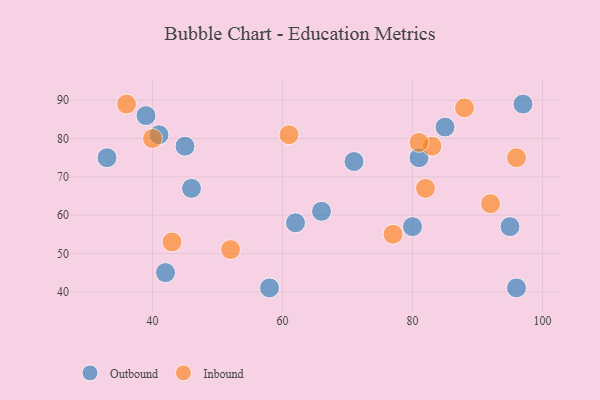
{"axis": {"x": "GDP", "y": "Life Expectancy"}, "legend": ["Inbound", "Outbound"], "data": [{"x": "45", "y": 78, "type": "Outbound"}, {"x": "42", "y": 45, "type": "Outbound"}, {"x": "95", "y": 57, "type": "Outbound"}, {"x": "58", "y": 41, "type": "Outbound"}, {"x": "80", "y": 57, "type": "Outbound"}, {"x": "96", "y": 41, "type": "Outbound"}, {"x": "81", "y": 75, "type": "Outbound"}, {"x": "33", "y": 75, "type": "Outbound"}, {"x": "85", "y": 83, "type": "Outbound"}, {"x": "62", "y": 58, "type": "Outbound"}, {"x": "71", "y": 74, "type": "Outbound"}, {"x": "39", "y": 86, "type": "Outbound"}, {"x": "97", "y": 89, "type": "Outbound"}, {"x": "41", "y": 81, "type": "Outbound"}, {"x": "46", "y": 67, "type": "Outbound"}, {"x": "66", "y": 61, "type": "Outbound"}, {"x": "77", "y": 55, "type": "Inbound"}, {"x": "40", "y": 80, "type": "Inbound"}, {"x": "96", "y": 75, "type": "Inbound"}, {"x": "83", "y": 78, "type": "Inbound"}, {"x": "82", "y": 67, "type": "Inbound"}, {"x": "81", "y": 79, "type": "Inbound"}, {"x": "92", "y": 63, "type": "Inbound"}, {"x": "88", "y": 88, "type": "Inbound"}, {"x": "61", "y": 81, "type": "Inbound"}, {"x": "43", "y": 53, "type": "Inbound"}, {"x": "52", "y": 51, "type": "Inbound"}, {"x": "36", "y": 89, "type": "Inbound"}]}